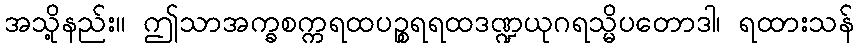
အသို့နည်း။ ဤသာအက္ခစက္ကရထပဉ္စရရထဒဏ္ဍယုဂရသ္မိပတောဒါ၊ ရထားသန်